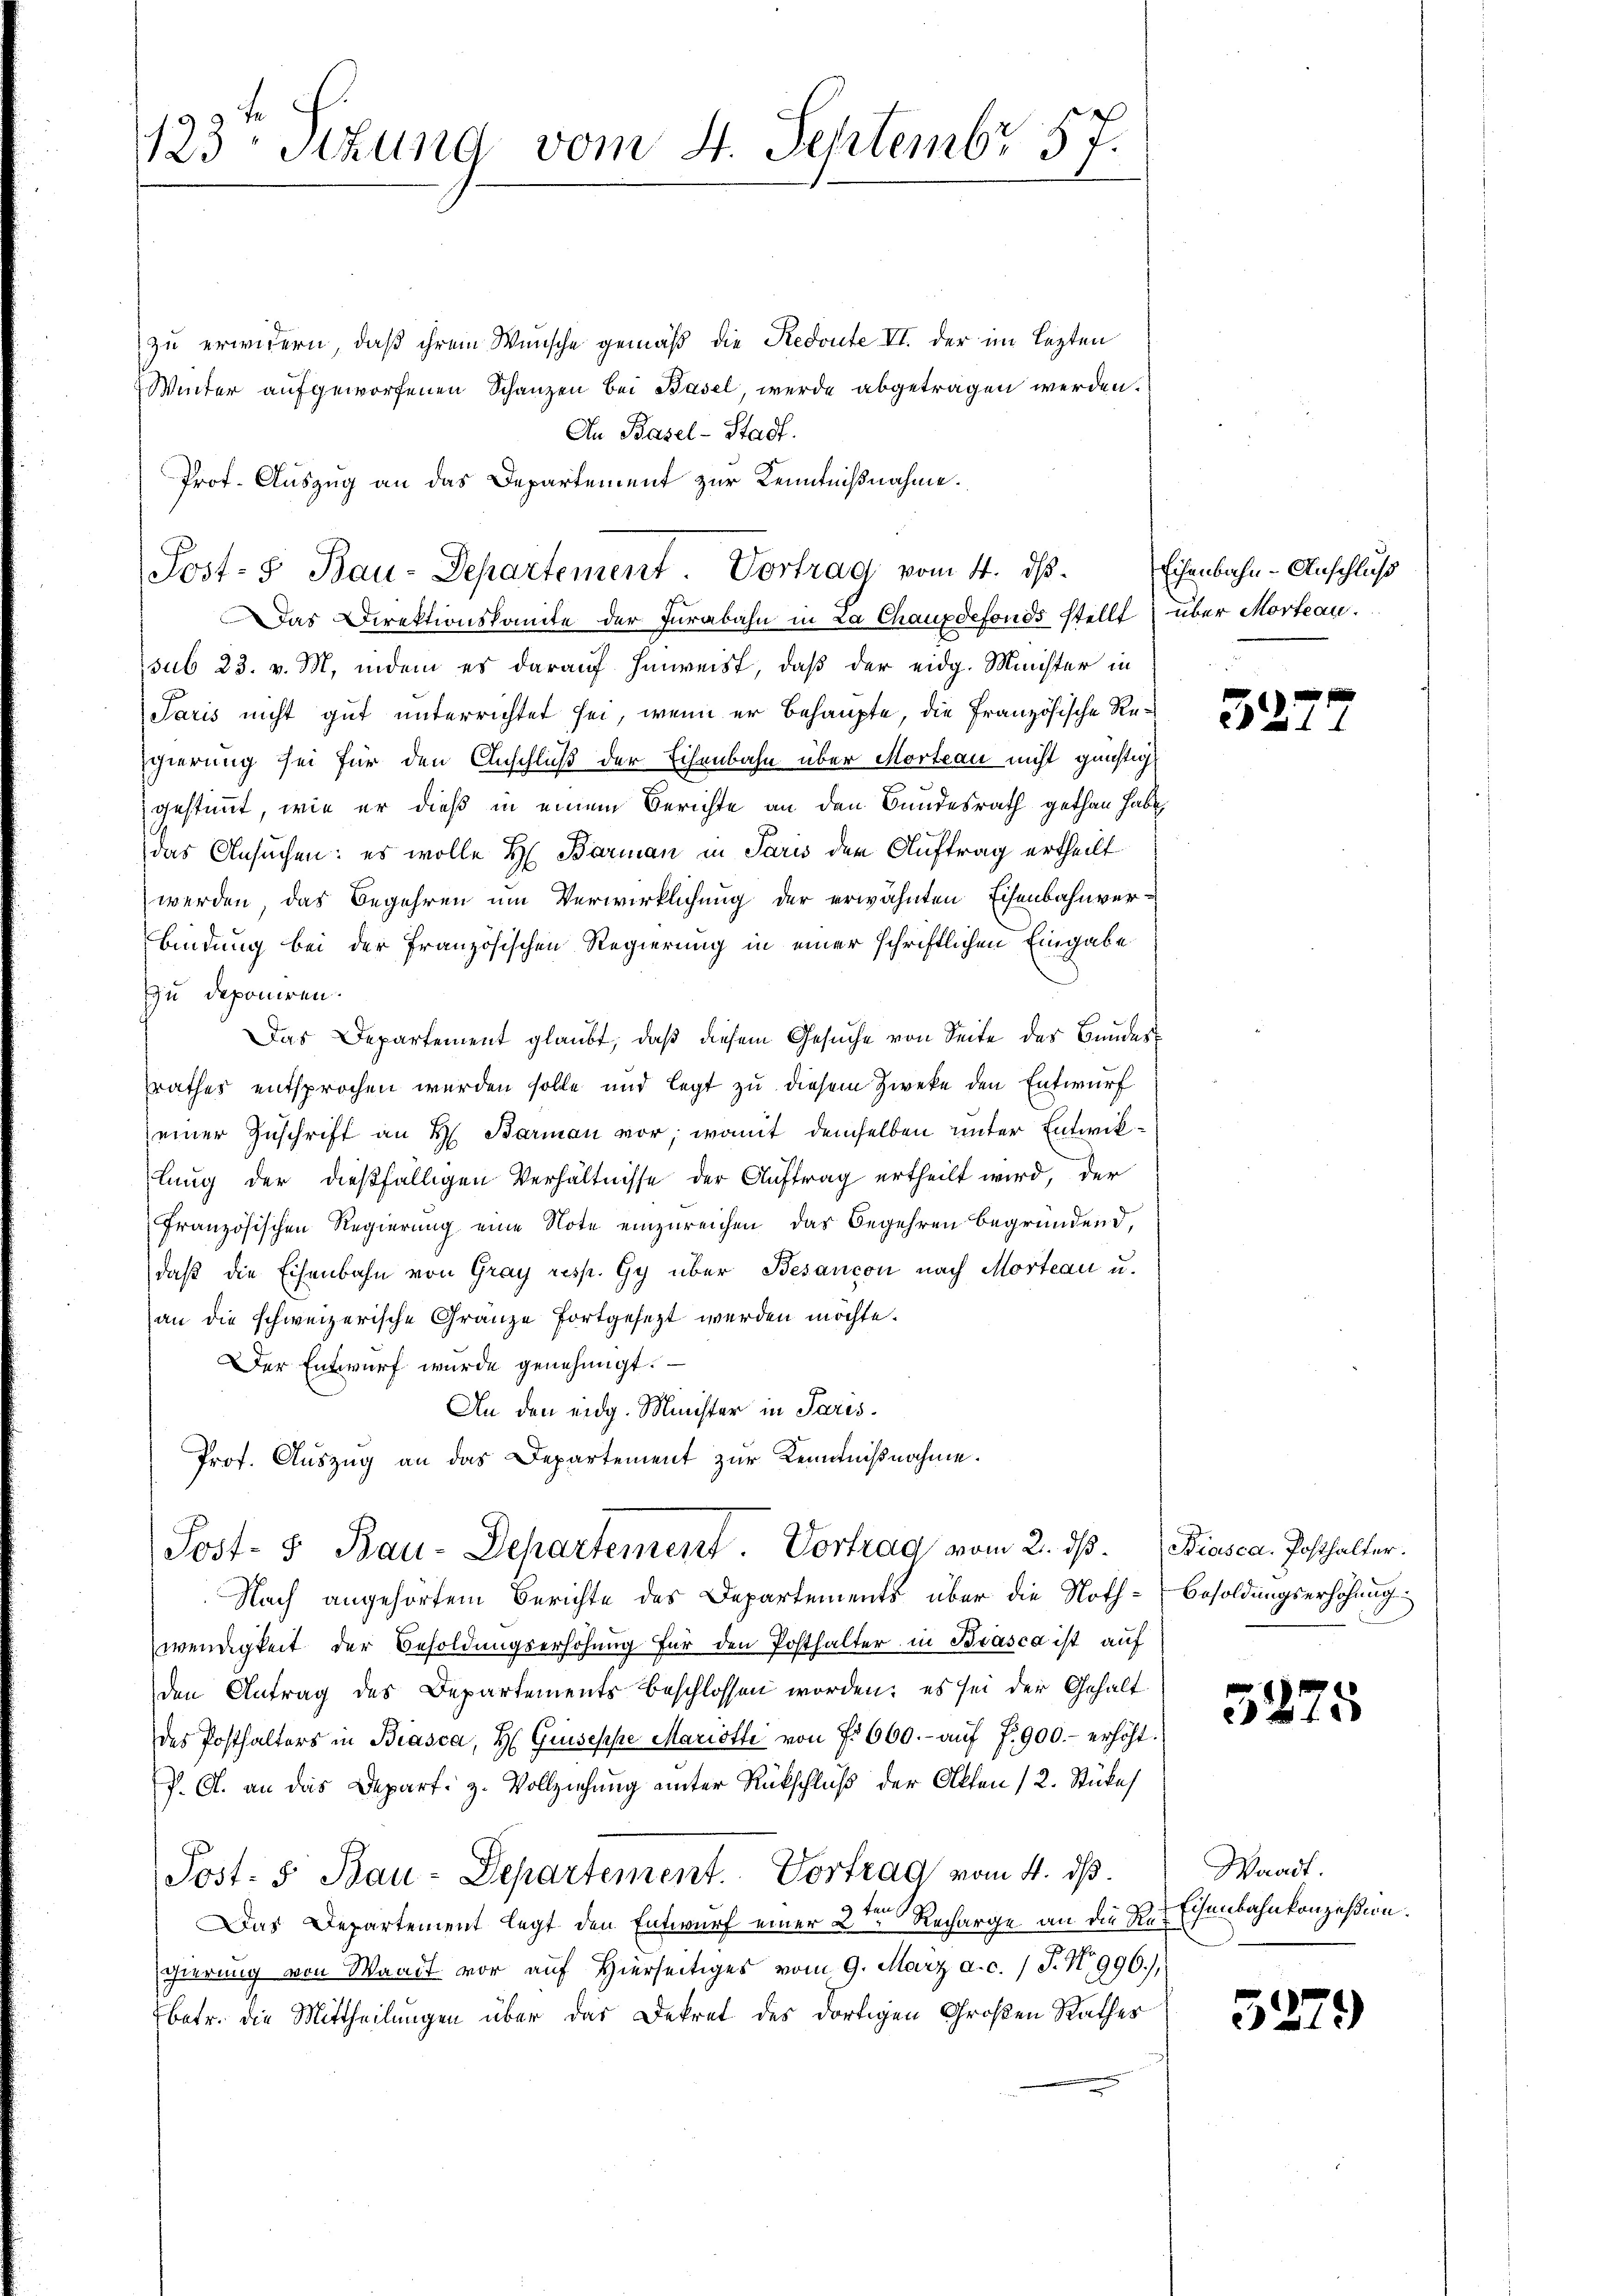
123 Sitzung vom 4. Septembr 57.

zu erwidern, daß ihrem Wunsche gemäß die Redoute VI. der im lezten
Winter aufgeworfenen Schanzen bei Basel, werde abgetragen werden.
An Basel-Stadt.
Prof. Auszug an das Departement zur Kenntnißnahme.
Das Direktionskomite der Jurabahn in La Chauxdefonds stellt über Morteau.
sub 23. v. M. indem es darauf hinweist, daß der eidg. Minister in
Paris nicht gut unterrichtet sei, wenn er behaupte, die Französische Regierung sei für den Anschluß der Eisenbahn über Morteau nicht günstig
gestimmt, wie er dieß in einem Berichte an den Bundesrath gethan habe,
das Ansuchen: es wolle H. Barman in Paris der Auftrag ertheilt
werden, das Begehren um Verwirklichung der erwähnten Eisenbahnverbindung bei der Französischen Regierung in einer schriftlichen Eingabe
zu deponiren.
Das Departement glaubt, daß diesem Gesuche von Seite der Bundes-
rathes entsprochen werden solle und legt zu diesem Zweke den Entwurf
einer Zuschrift an H. Barman vor; womit demselben unter Entwiklung der dießfälligen Verhältnisse der Auftrag ertheilt wird, der
Französischen Regierung eine Note einzureichen, das Begehren begründend,
daß die Eisenbahn von Gray resp. Gy über Besançon nach Morteau u.
an die schweizerische Gränze fortgesezt werden möchte.
Der Entwurf wurde genehmigt.
An den eidg. Minister in Paris¬
Prof. Auszug an das Departement zur Kenntnißnahme.
Post- 5 Bau-Departement. Vortrag vom 2. ds.
Nach angehörtem Berichte des Departements über die Noth- Besoldungserhöhung
wendigkeit der Besoldungserhöhung für den Posthalter in Biasca ist auf
den Antrag des Departements beschlossen worden; es sei der Gehalt
des Posthalters in Biasca, H. Griseppe Mariotti von No 660.- aŭf 7.900.- erhöht.
P. O. an das Depart z. Vollziehung unter Rückschluß der Akten (2. Stückes
Post- 5. Bau-Departement. Vortrag vom 4. ds.
Das Departement legt den Entwurf einer 2ten Recharge an die des Eisenbahnkonzession.
gierung von Waadt vor auf Hierseitiges vom 9. März a. c. / J. No 996),
betr. die Mittheilungen über das Dekret des dortigen Großen Rathes

Post- 5. Bau-Departement. Vortrag vom 4. ds.

Eisenbahn-Anschluß

32.

Biasca. Posthalter.

52

5275

Waadt

87.